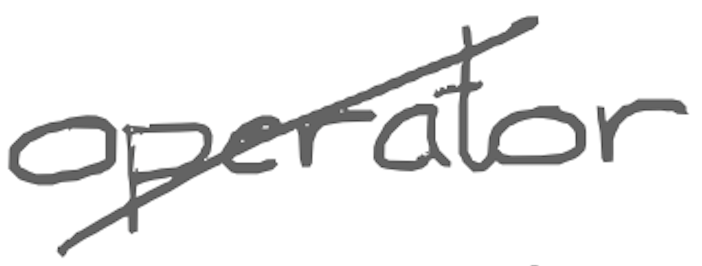
Text: operator
Cross-out: diagonal
Writing tool: digital_gray